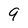
Character: 9